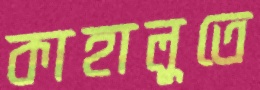
কাহালুতে